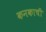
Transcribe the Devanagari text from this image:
कनकाची